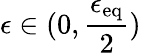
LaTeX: \epsilon\in(0,\frac{\epsilon_{\mathrm{eq}}}{2})